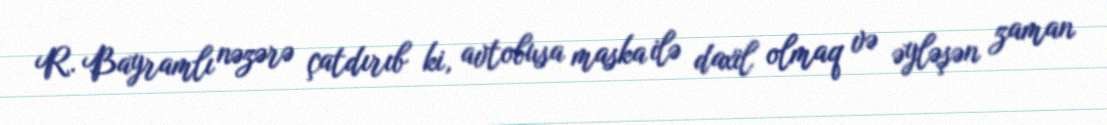
R. Bayramlı nəzərə çatdırıb ki, avtobusa maska ilə daxil olmaq və əyləşən zaman